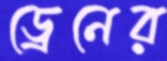
ড্রেনের